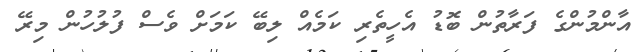
އާންމުންގެ ފަރާތުން ބޮޑު އެހީތެރި ކަމެއް ލިބޭ ކަމަށް ވެސް ފުލުހުން މިރޭ